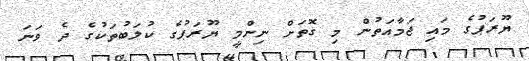
ޔޫރަޕުގެ މައި ޖަމާއަތުން މި ގޮތަށް ނިންމީ ޔޫރަޕުގެ ކުލަބުތަކުގެ ދެ ވަނަ